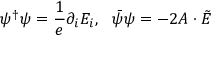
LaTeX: \psi ^ { \dagger } \psi = \frac { 1 } { e } \partial _ { i } E _ { i } , \ \ \bar { \psi } \psi = - 2 A \cdot \tilde { E }